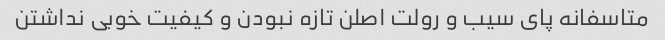
متاسفانه پای سیب و رولت اصلن تازه نبودن و کیفیت خوبی نداشتن